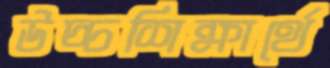
উচ্চশিক্ষার্থে